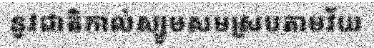
នូវជាតិកាល់ស្យូមសមស្របតាមវ័យ